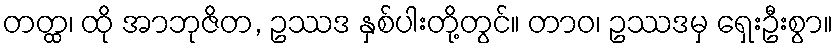
တတ္ထ၊ ထို အာဘုဇိတ, ဥဿဒ နှစ်ပါးတို့တွင်။ တာဝ၊ ဥဿဒမှ ရှေးဦးစွာ။